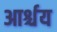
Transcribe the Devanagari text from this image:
आर्श्चय